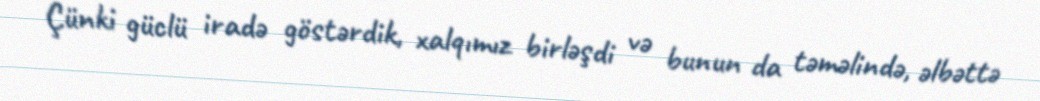
Çünki güclü iradə göstərdik, xalqımız birləşdi və bunun da təməlində, əlbəttə